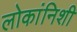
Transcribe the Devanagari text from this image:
लोकांनिशी